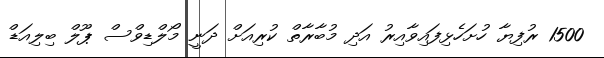
1500 ރުފިޔާ ހުށަހެޅިފައިވާއިރު އަދި މުބާރާތް ކުރިއަށް ދަނީ މޯލްޑިވްސް ޕޫލް ބިލިއަޑް